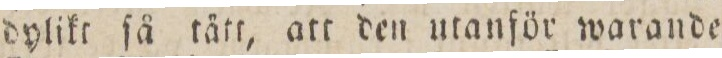
dylikt ſå tätt, att den utanför warande